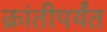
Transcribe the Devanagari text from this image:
क्रांतीपर्यंत